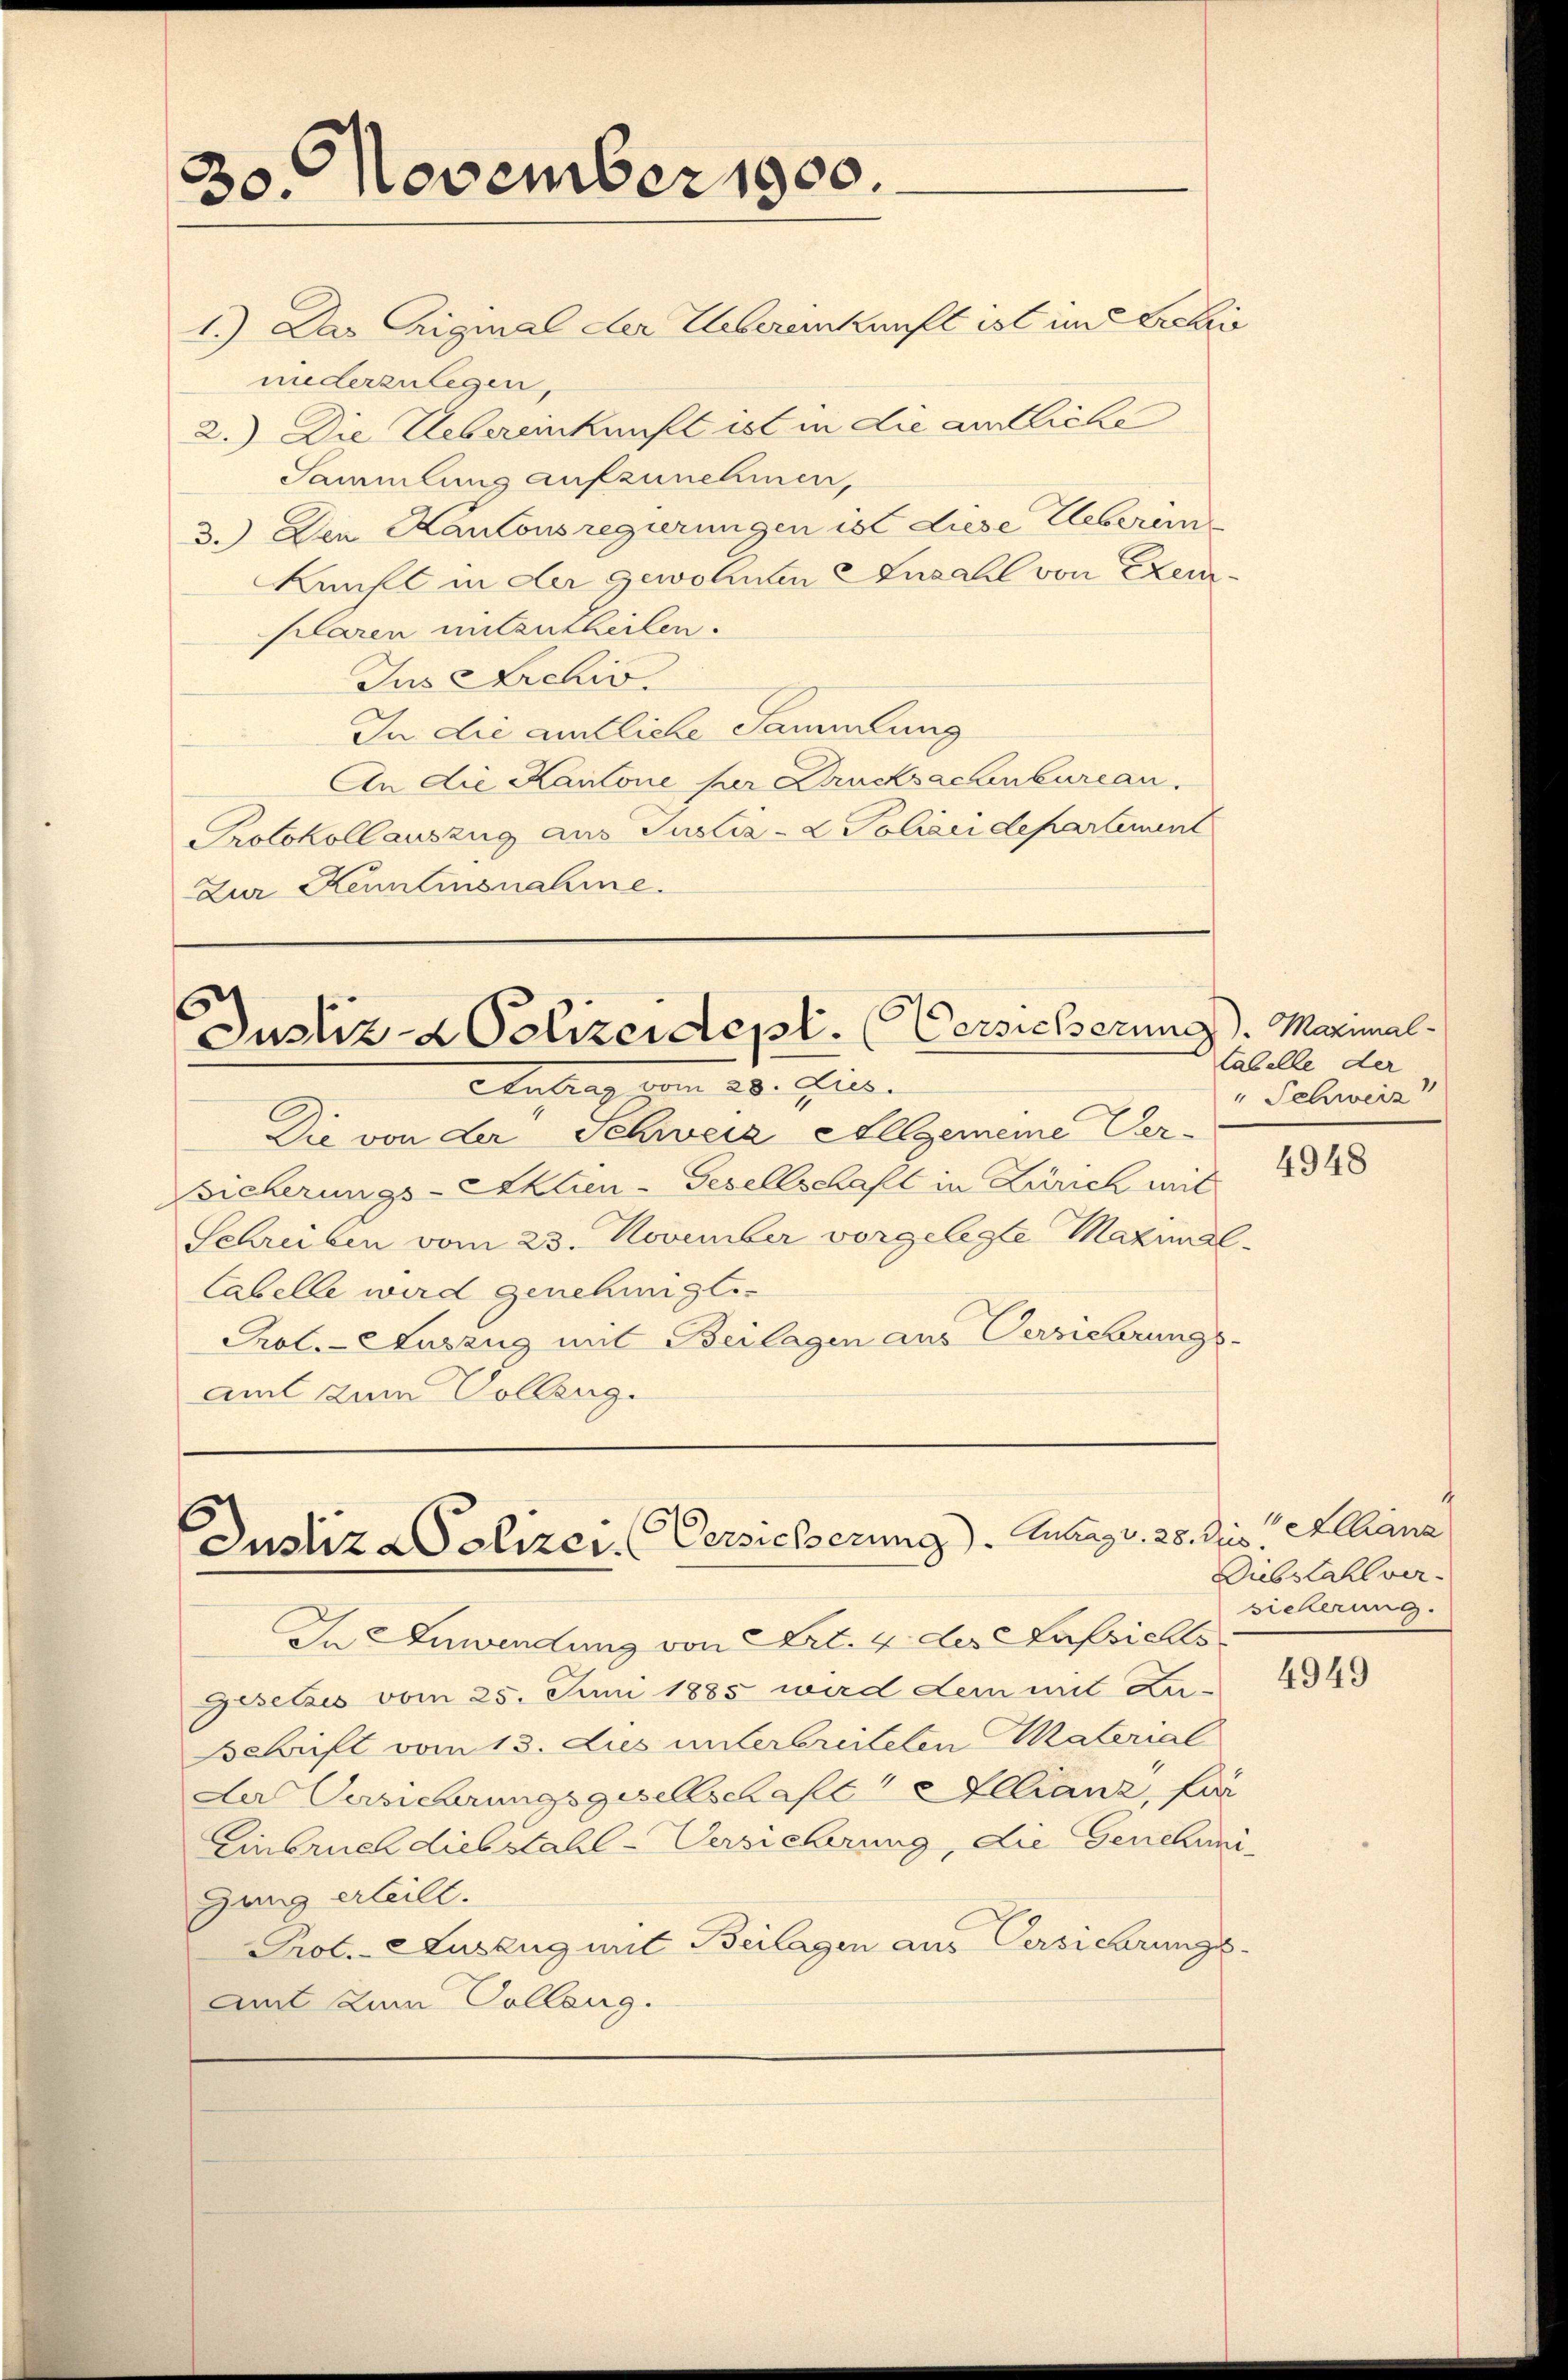
3
30. November 1900.

1.) Das Eiginal der Uebereinkunft ist im Archi
niederzulegen,
2.) Die Uebereinkunft ist in die amtliche
Sammlung aufzunehmen,
3.) Der Kantonsregierungen ist diese Ueberein
Kunft in der Gewohnten Anzahl von Exemplaren mitzutheilen.
Jus Archiv.
In die amtliche Sammlung
An die Kantone per Drucksachenbureau.
Protokoll auszug aus Justiz- & Polizeidepartement
Zur Kenntnisnahme.

Justiz- & Polizeidept. (Versicherung). Maximal

Antrag vom 23. Jur.
Die von der Schweiz allgemeine Ver-
sicherungs-Aktien-Gesellschaft in Zürich mit
Schreiben vom 23. November vorgelegte Maximal
Cabelle wird genehmigt.
Prol.-Auszug mit Beilagen aus Versicherungs-
amt zum Vollzug.

Justiz - Polizei (Versicherung). Zulag v. 25. dis

In Anwendung von Art. 4 des Kassichts
Gesetzes vom 25. Juni 1885 ward Lein mit Zu-
sschrift vom 13. Jus unterbreiteten Material
Der Versicherungsgesellschaft Illianz, für
Einbruch diebstall-Versicherung, die Genehme
Gang erteilt.
Prot. - Auszug mit Beilagen aus Versicherungs
Amt zum Colleng.

tabelle der
" Schweiz

4948

Allianz
Diebstahl ver-
sicherung.

4949